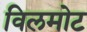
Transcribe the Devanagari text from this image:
विलमोट